Report of the Indian Hemp Drugs Commission, 1894-1895 - Volume VII
Year: 1894
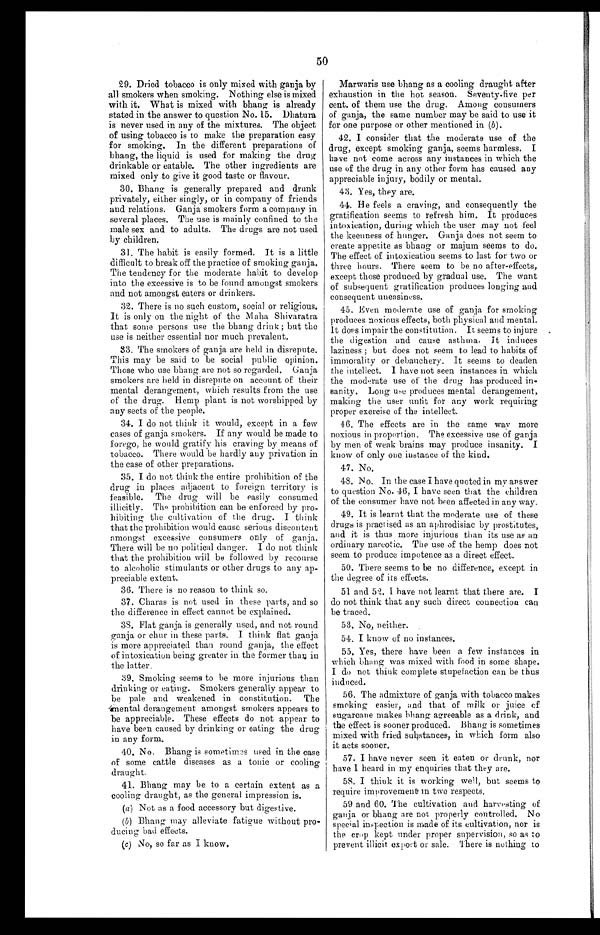
50
29. Dried tobacco is only mixed with ganja by
all smokers when smoking. Nothing else is mixed
with it. What is mixed with bhang is already
stated in the answer to question No. 15. Dhatura
is never used in any of the mixtures. The object
of using tobacco is to make the preparation easy
for smoking. In the different preparations of
bhang, the liquid is used for making the drug
drinkable or eatable. The other ingredients are
mixed only to give it good taste or flavour.
30. Bhang is generally prepared and drunk
privately, either singly, or in company of friends
and relations. Ganja smokers form a company in
several places. The use is mainly confined to the
male sex and to adults. The drugs are not used
by children.
31. The habit is easily formed. It is a little
difficult to break off the practice of smoking ganja.
The tendency for the moderate habit to develop
into the excessive is to be found amongst smokers
and not amongst eaters or drinkers.
32. There is no such custom, social or religious.
It is only on the night of the Maha Shivaratra
that some persons use the bhang drink ; but the
use is neither essential nor much prevalent.
33. The smokers of ganja are held in disrepute.
This may be said to be social public opinion.
Those who use bhang are not so regarded. Ganja
smokers are held in disrepute on account of their
mental derangement, which results from the use
of the drug. Hemp plant is not worshipped by
any sects of the people.
34. I do not think it would, except in a few
cases of ganja smokers. If any would be made to
forego, he would gratify his craving by means of
tobacco. There would be hardly any privation in
the case of other preparations.
35. I do not think the entire prohibition of the
drug in places adjacent to foreign territory is
feasible. The drug will be easily consumed
illicitly. The prohibition can be enforced by pro
- h i b i t i n g t h e c u l t i v a t i o n o f t h e d r u g . I t h i n k
that the prohibition would cause serious discontent
amongst excessive consumers only of ganja.
There will be no political danger. I do not think
that the prohibition will be followed by recourse
to alcoholic stimulants or other drugs to any ap
- p r e c i a b l e e x t e n t .
36. There is no reason to think so.
37. Charas is not used in these parts, and so
the difference in effect cannot be explained.
38. Flat ganja is generally used, and not round
ganja or chur in these parts. I think flat ganja
is more appreciated than round ganja, the effect
of intoxication being greater in the former than in
the latter.
39. Smoking seems to be more injurious than
drinking or eating. Smokers generally appear to
be pale and weakened in constitution. The
mental derangement amongst smokers appears to
be appreciable. These effects do not appear to
have been caused by drinking or eating the drug
in any form.
40. No. Bhang is sometim e s used in the case
of some cattle diseases as a tonic or cooling
draught.
41. Bhang may be to a certain extent as a
cooling draught, as the general impression is.
(a) Not as a food accessory but digestive.
(b)Bhang may alleviate fatigue without pr
o-ducing bad effects.
(c) No, so far as I know.
Marwaris use bhang as a cooling draught after
exhaustion in the hot season. Seventy-five per
cent. of them use the drug. Among consumers
of ganja, the same number may be said to use it
for one purpose or other mentioned in (b) .
42. I consider that the moderate use of the
drug, except smoking ganja, seems harmless. I
have not come across any instances in which the
use of the drug in any other form has caused any
appreciable injury, bodily or mental.
43. Yes, they are.
44. He feels a craving, and consequently the
gratification seems to refresh him. It produces
intoxication, during which the user may not feel
the keenness of hunger. Ganja does not seem to
create appetite as bhang or majum seems to do.
The effect of intoxication seems to last for two or
three hours. There seem to be no after-effects,
except those produced by gradual use. The want
of subsequent gratification produces longing and
consequent uneasiness.
45. Even moderate use of ganja for smoking
produces noxious effects, both physical and mental.
It does impair the constitution. It seems to injure
the digestion and cause asthma. It induces
laziness ; but does not seem to lead to habits of
immorality or debauchery. It seems to deaden
the intellect. I have not seen instances in which
the moderate use of the drug has produced in
- s a n i t y . L o n g u s e p r o d u c e s m e n t a l d e r a n g e m e n t ,
making the user unfit for any work requiring
proper exercise of the intellect.
46. The effects are in the same way more
noxious in proportion. The excessive use of ganja
by men of weak brains may produce insanity. I
know of only one instance of the kind.
47. No.
48. N o. In the case I have quoted in my answer
to question No. 46, I have seen that the children
of the consumer have not been affected in any way.
49. It is learnt that the moderate use of these
drugs is practised as an aphrodisiac by prostitutes,
and it is thus more injurious than its use as an
ordinary narcotic. The use of the hemp does not
seem to produce impotence as a direct effect.
50. There seems to be no difference, except in
the degree of its effects.
51 and 52. I have not learnt that there are. I
do not think that any such direct connection can
be traced.
53. No, neither.
54. I know of no instances.
55. Yes, there have been a few instances in
which bhang was mixed with food in some shape.
I do not think complete stupefaction can be thus
induced.
56. The admixture of ganja with tobacco makes
smoking easier, and that of milk or juice of
sugarcane makes bhang agreeable as a drink, and
the effect is sooner produced. Bhang is sometimes
mixed with fried substances, in which form also
it acts sooner.
57. I have never seen it eaten or drunk, nor
have I heard in my enquiries that they are.
58. I think it is working well, but seems to
require improvement in two respects.
59 and 60. The cultivation and harvesting of
ganja or bhang are not properly controlled. No
special inspection is made of its cultivation, nor is
the crop kept under proper supervision, so as to
prevent illicit export or sale. There is nothing to